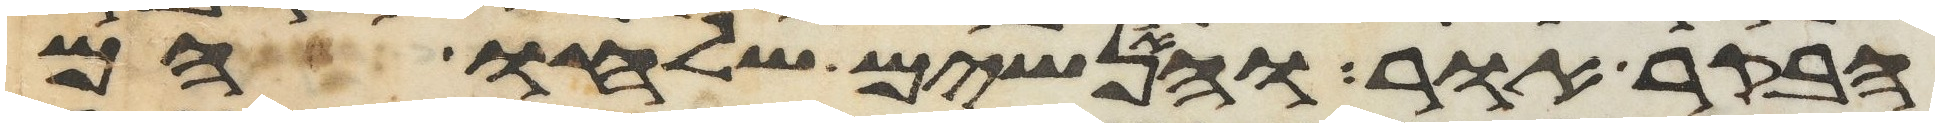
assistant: הבקר אור והאנשים שלחו הם